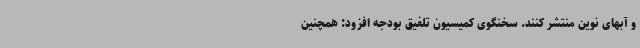
و آبهای نوین منتشر کنند. سخنگوی کمیسیون تلفیق بودجه افزود: همچنین